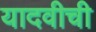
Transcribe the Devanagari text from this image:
यादवीची